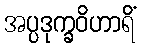
အပ္ပဒုက္ခဝိဟာရိံ